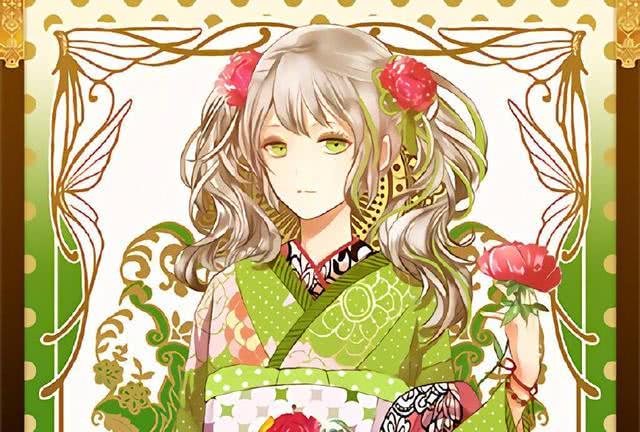
好风胧月清明夜，碧砌红轩刺史家。